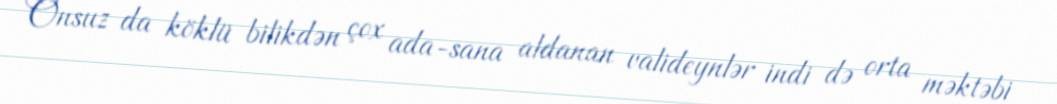
Onsuz da köklü bilikdən çox ada-sana aldanan valideynlər indi də orta məktəbi